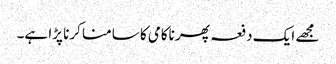
مجھے ایک دفعہ پھر ناکامی کا سامنا کرنا پڑا ہے۔